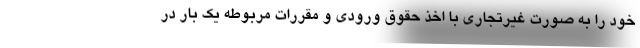
خود را به صورت غیرتجاری با اخذ حقوق ورودی و مقررات مربوطه یک بار در